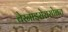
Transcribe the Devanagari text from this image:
बेरनाइसेससोबत